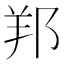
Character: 𨛁